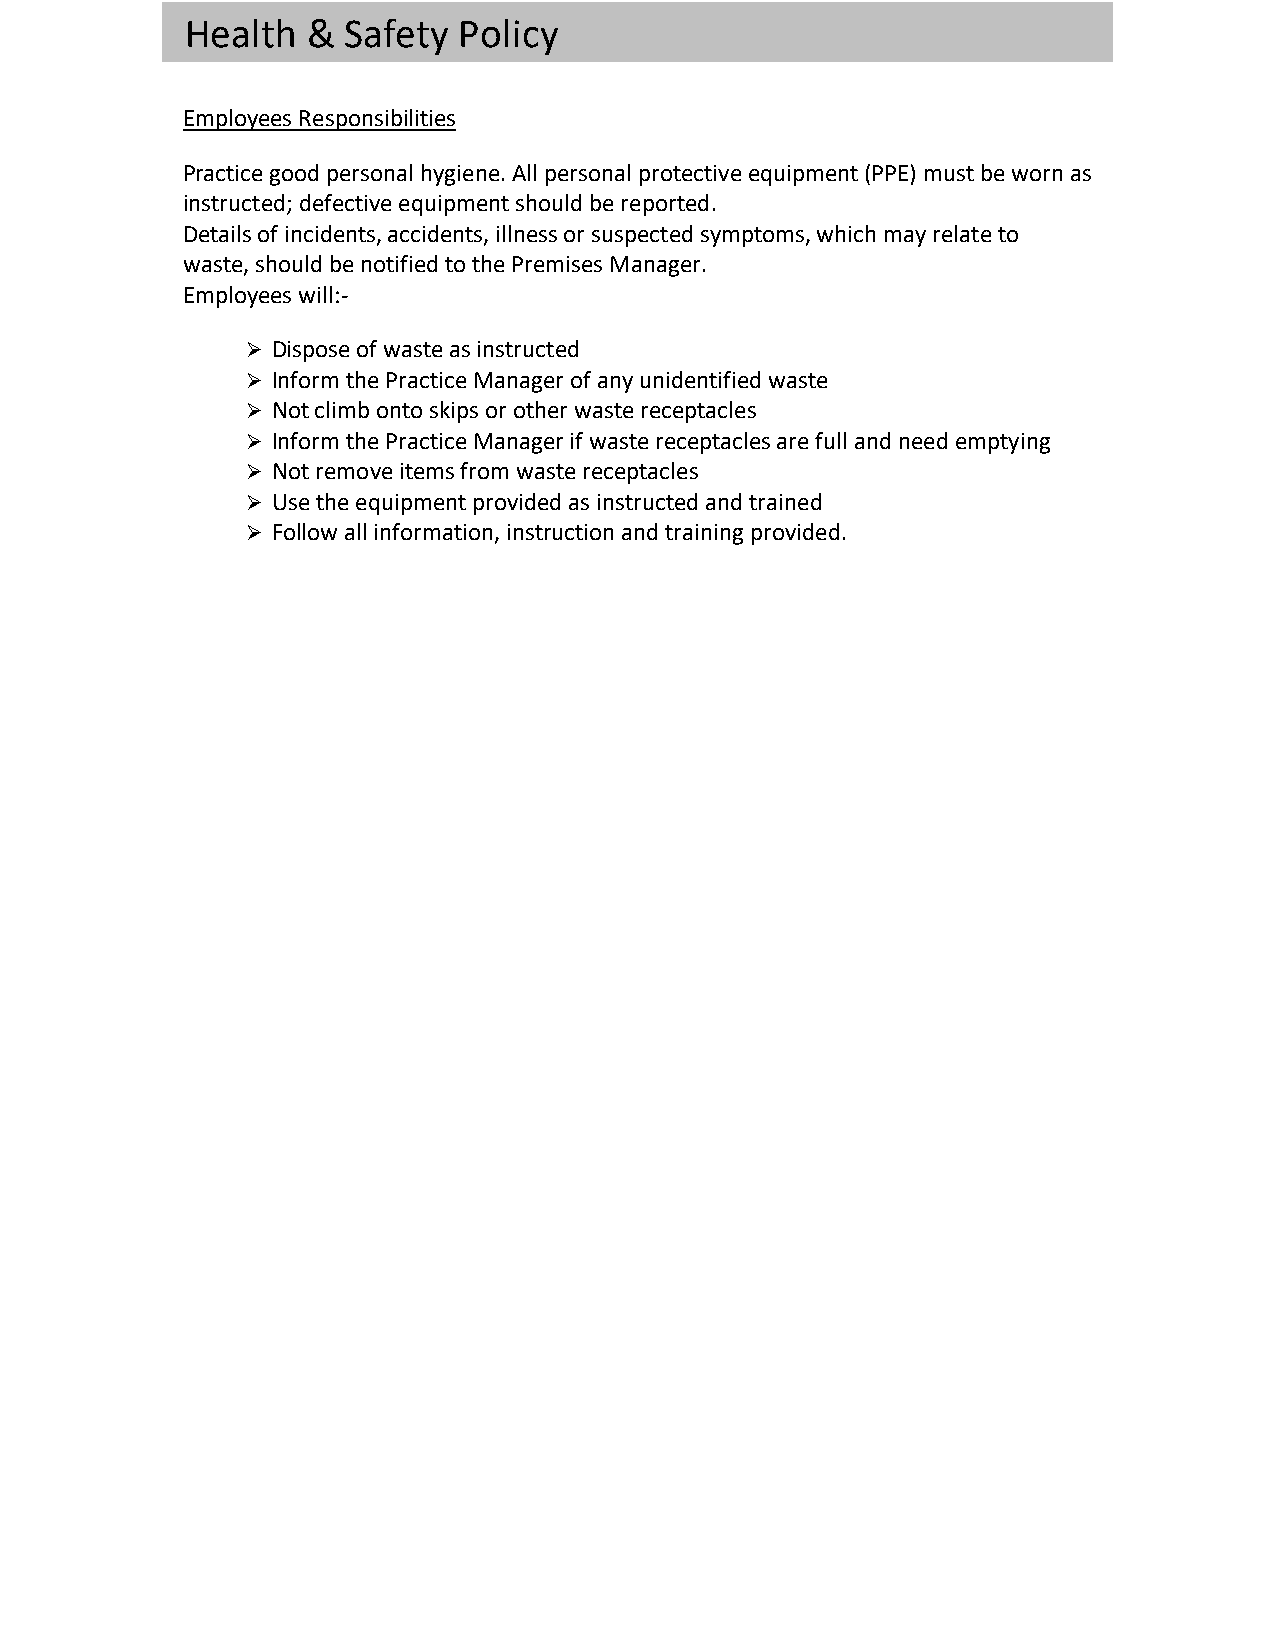
Health  &  Safety Policy
 Employees Responsibilities
 Practice good personal hygiene. All personal protective equipment (PPE) must be worn as
 instructed; defective equipment should be reported.
 Details of incidents, accidents, illness or suspected symptoms, which may relate to
 waste, should be notified to the Premises Manager.
 Employees will:-
 Ø Dispose of waste as instructed
 Ø Inform the Practice Manager of any unidentified waste
 Ø Not climb onto skips or other waste receptacles
 Ø Inform the Practice Manager if waste receptacles are full and need emptying
 Ø Not remove items from waste receptacles
 Ø Use the equipment provided as instructed and trained
 Ø Follow all information, instruction and training provided.